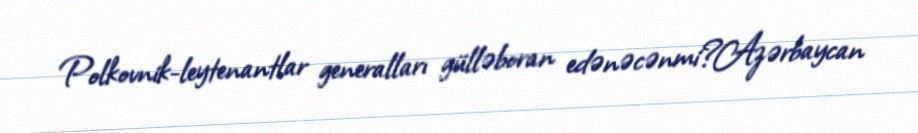
Polkovnik-leytenantlar generalları gülləboran edənəcənmi?Azərbaycan